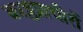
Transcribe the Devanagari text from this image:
काष्ठप्राचीरों